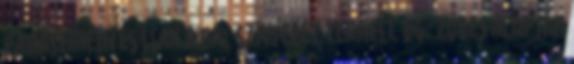
panaszmentes Csak a bal szívfelet terheli. Dg: zörej alapján